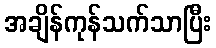
အချိန်ကုန်သက်သာပြီး